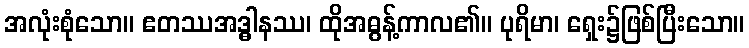
အလုံးစုံသော။ ဧတဿအဒ္ဓါနဿ၊ ထိုအဓွန့်ကာလ၏။ ပုရိမာ၊ ရှေး၌ဖြစ်ပြီးသော။